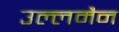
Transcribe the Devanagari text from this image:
उल्लमैन